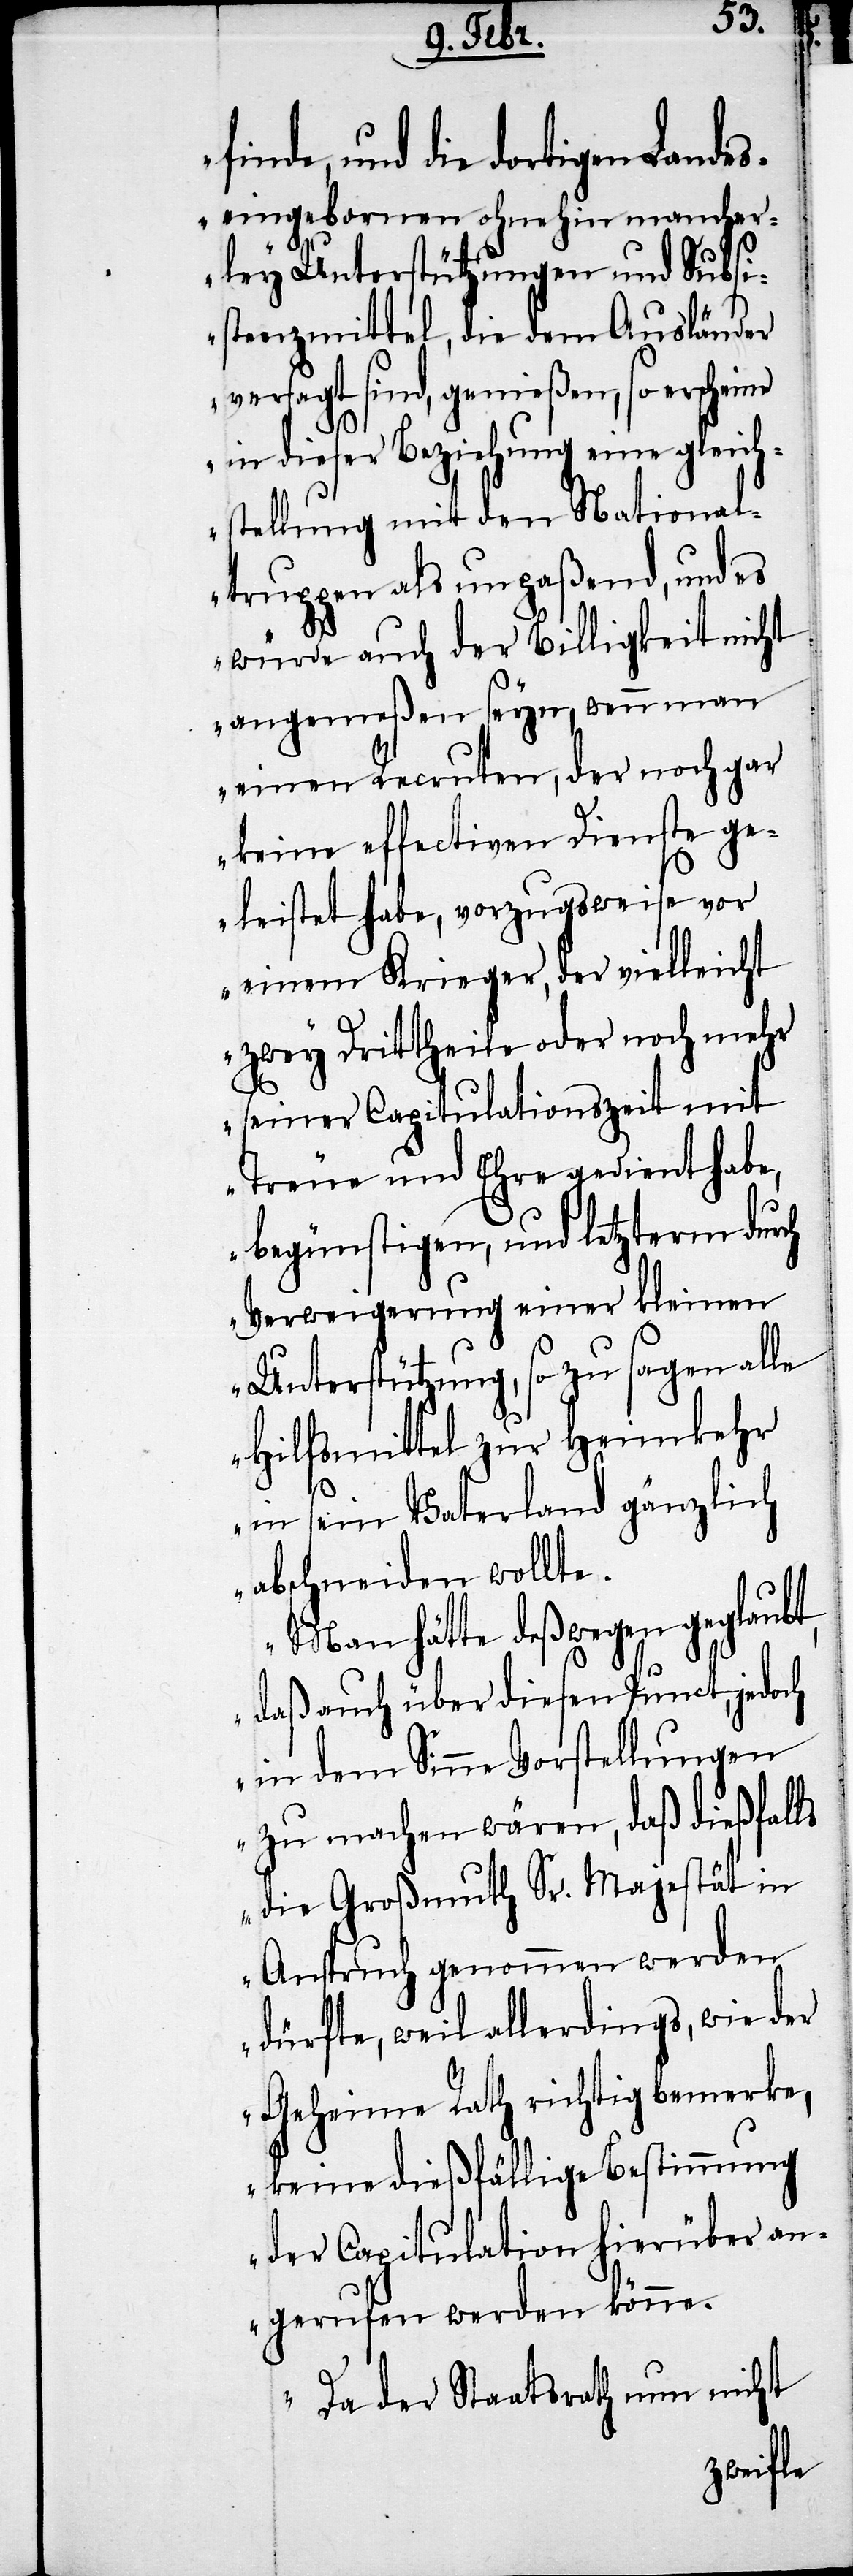
finde, und die dortigen Lande¬
seingebornen ohnehin mancher¬
ley Unterstützungen und Subsi¬
stenzmittel, die dem Ausländer
versagt sind, genießen, so erscheine
in dieser Beziehung eine Gleich¬
stellung mit den National¬
truppen als unpaßend, und es
würde auch der Billigkeit nicht
angemeßen seyn, wenn man
einen Recruten, der noch gar
keine effectiven Dienste ge¬
leistet habe, vorzugsweise vor
einem Krieger, der vielleicht
zwey Drittheile oder noch mehr
seiner Capitulationszeit mit
Treue und Ehre gedient habe,
begünstigen, und letzterm durch
Verweigerung einer kleinen
Unterstützung, so zu sagen alle
Hilfsmittel zur Heimkehr
in sein Vaterland gänzlich
abschneiden wollte.
Man hätte deßwegen geglaubt,
daß auch über diesen Punct, jedoch
in dem Sinne Vorstellungen
zu machen werden, daß dießfalls
die Großmuth Sr. Majestät in
Anspruch genommen werden
dürfte, weil allerdings, wie der
Geheime Rath richtig bemerke,
keine dießfällige Bestimmung
der Capitulation hierüber an¬
gerufen werden könne.
Da der Staatsrath nun nicht